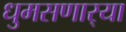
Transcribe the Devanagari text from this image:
धुमसणार्‍या